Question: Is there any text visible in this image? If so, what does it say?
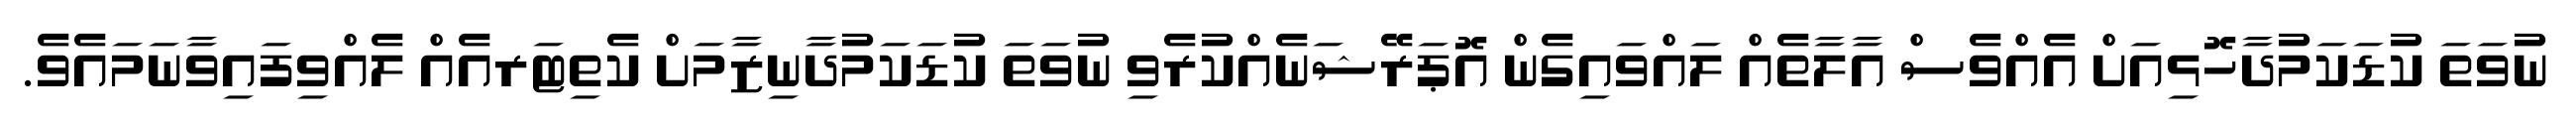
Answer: ނުވަތަ ކުޑަކަމުދާހޮޅިއަށް އެއްވެސް އާލާތެއް ލައްވައިގެން އޮޕަރޭޝަނެއްކުރެވި ނުވަތަ ކުޑަކަމުދާނިޒާމަށް ކެތިޓަރއެއް ލެއްވިފައިވާނަމައެވެ.